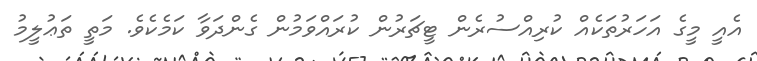
އެއީ މީގެ އަހަރުތަކެއް ކުރިއްސުރެން ޓީޗަރުން ކުރައްވަމުން ގެންދަވާ ކަމެކެވެ. މަތީ ތަޢުލީމު